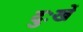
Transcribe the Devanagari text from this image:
दुःखें